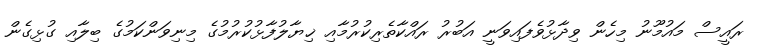
ރައީސް މައުމޫނު މިހެން ވިދާޅުވެފައިވަނީ އަބުރު ރައްކާތެރިކުރުމާއި ޚިޔާލުފާޅުކުރުމުގެ މިނިވަންކަމުގެ ބިލާއި ގުޅިގެން